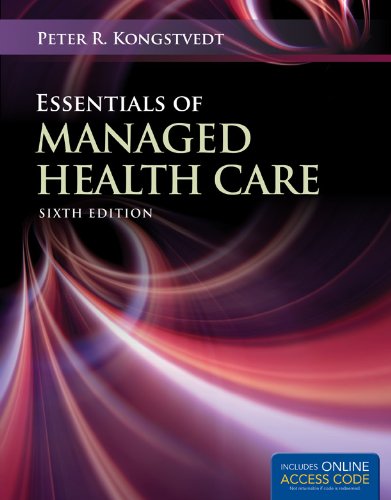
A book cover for Essentials Of Managed Health Care (Essentials of Managed Care); Peter R. Kongstvedt; Medical Books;